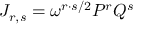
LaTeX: { \cal J } _ { r , s } = \omega ^ { r \cdot s / 2 } P ^ { r } Q ^ { s }